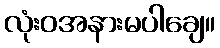
လုံးဝအနားမပါချေ။